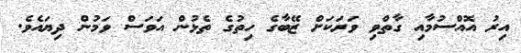
އިރު އޮއްސުމާއި ގާތްވި ވަރަކަށް ޒޭބާގެ ހިތުގެ ތެޅުން އަވަސް ވަމުން ދިޔައެވެ.